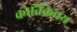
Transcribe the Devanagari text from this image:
कार्तिकेवय